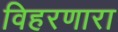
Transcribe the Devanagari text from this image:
विहरणारा